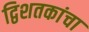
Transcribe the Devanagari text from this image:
द्विशतकांचा